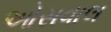
ઓસવાલ